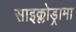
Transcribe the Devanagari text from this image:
साइक्लोड्रामा